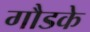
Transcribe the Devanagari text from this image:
गौडके